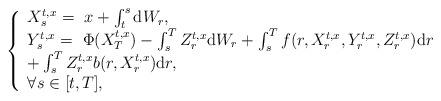
LaTeX: \begin{align*}\left\{\begin{array}{l}{X}_s^{t,x} = \ x +\int_t^s \mathrm dW_r,\\{Y}_s^{t,x} = \ \Phi({X}_T^{t,x}) - \int_s^T{Z}_r^{t,x} \mathrm d{W}_r + \int_s^T f(r,{X}_r^{t,x},{Y}_r^{t,x},{Z}_r^{t,x}) \mathrm dr\\ + \int^T_s {{Z}_r^{t,x} b(r,{X}_r^{t,x})}\mathrm{d} r,\\{\forall } s\in[t,T],\end{array}\right.\end{align*}